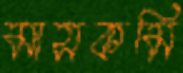
মাসকমি